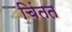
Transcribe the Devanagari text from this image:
चिंतत